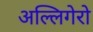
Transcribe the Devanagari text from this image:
अल्लिगेरो